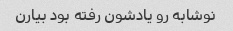
نوشابه رو یادشون رفته بود بیارن